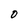
Character: 0